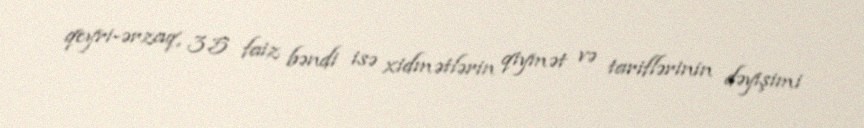
qeyri-ərzaq, 3.5 faiz bəndi isə xidmətlərin qiymət və tariflərinin dəyişimi